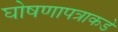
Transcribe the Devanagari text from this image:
घोषणापत्राकडे